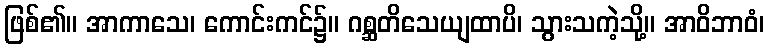
ဖြစ်၏။ အာကာသေ၊ ကောင်းကင်၌။ ဂစ္ဆတိသေယျထာပိ၊ သွားသကဲ့သို့။ အာဝိဘာဝံ၊